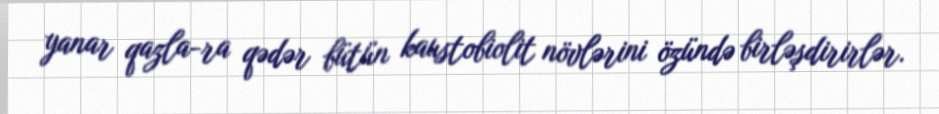
yanar qazla-ra qədər bütün kaustobiolit növlərini özündə birləşdirirlər.